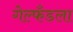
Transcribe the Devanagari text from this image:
गेल्फँडला